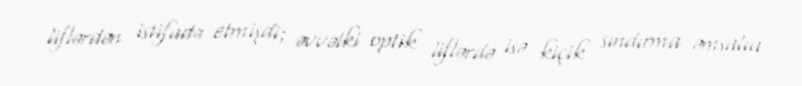
liflərdən istifadə etmişdi; əvvəlki optik liflərdə isə kiçik sındırma əmsalıa